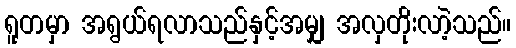
ရူတမှာ အရွယ်ရလာသည်နှင့်အမျှ အလှတိုးလာဲ့သည်။